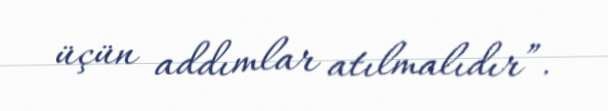
üçün addımlar atılmalıdır”.